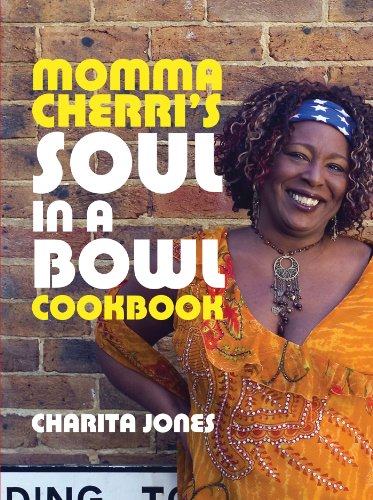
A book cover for Momma Cherri's Soul in a Bowl Cookbook; Charita Jones; Cookbooks, Food & Wine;